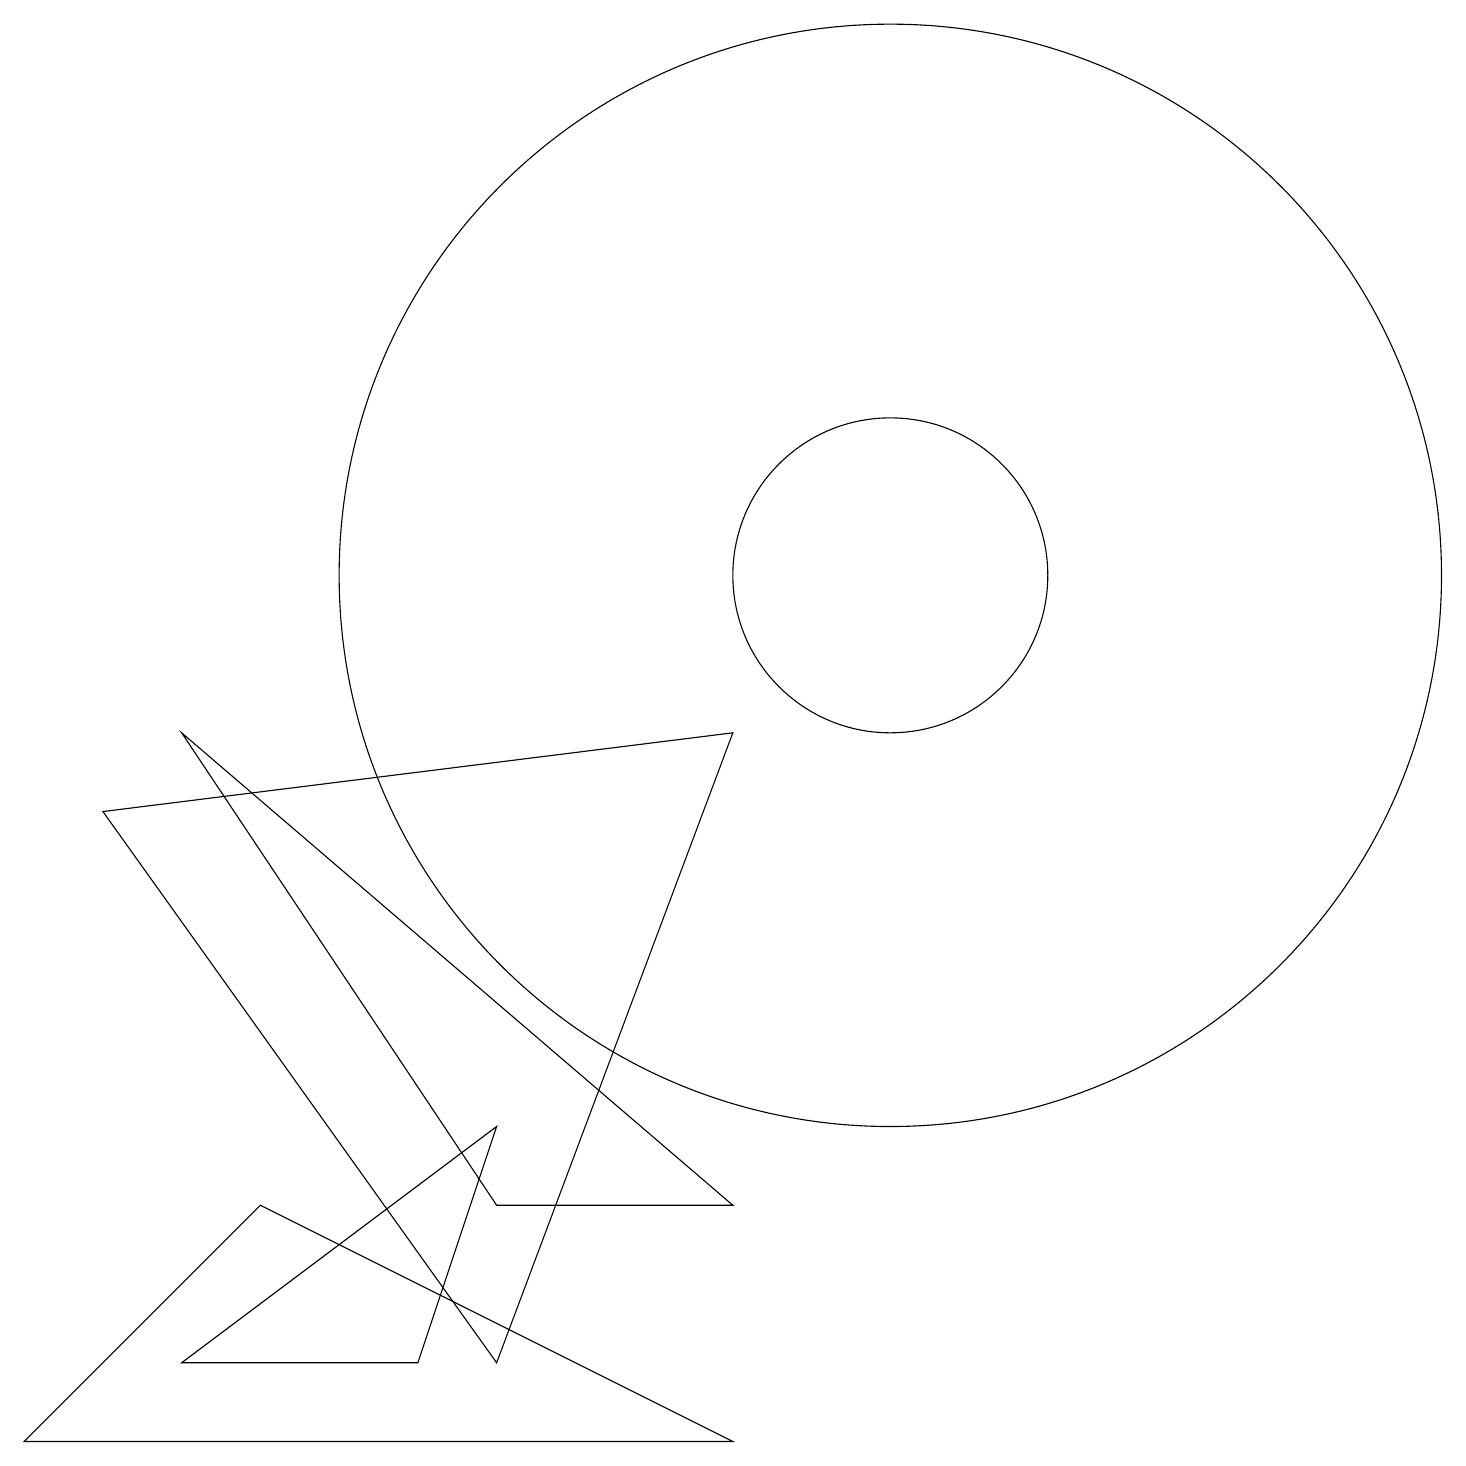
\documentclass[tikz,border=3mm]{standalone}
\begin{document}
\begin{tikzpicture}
\draw (6,4) -- (5,1) -- (2,1) -- cycle;
\draw (11,11) circle (7);
\draw (11,11) circle (2);
\draw (9,9) -- (1,8) -- (6,1) -- cycle;
\draw (2,9) -- (9,3) -- (6,3) -- cycle;
\draw (3,3) -- (9,0) -- (0,0) -- cycle;
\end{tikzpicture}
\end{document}